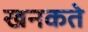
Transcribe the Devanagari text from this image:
खनकते